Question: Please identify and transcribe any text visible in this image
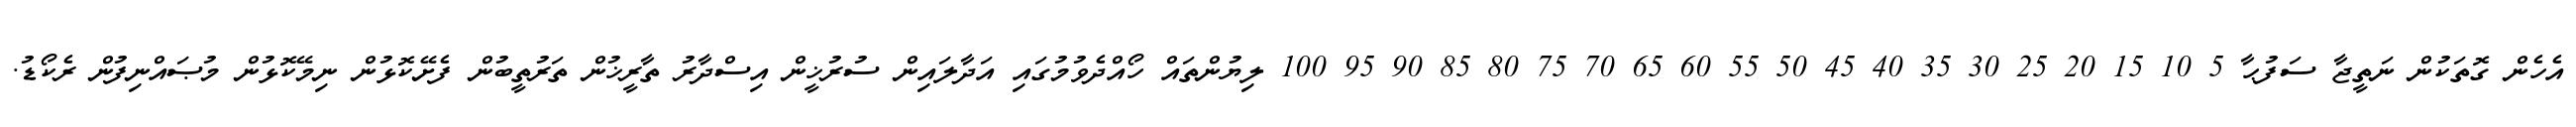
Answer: އެހެން ގޮތަކުން ނަތީޖާ ސަފުޙާ 5 10 15 20 25 30 35 40 45 50 55 60 65 70 75 80 85 90 95 100 ލިޔުންތައް ހޯއްދެވުމުގައި އަދާލައިން ސުރުޚީން އިސްދާރު ތާރީޚުން ތަރުތީބުން ފެށޭކޮޅުން ނިމޭކޮޅުން މުޞައްނިފުން ރެކޯޑު.